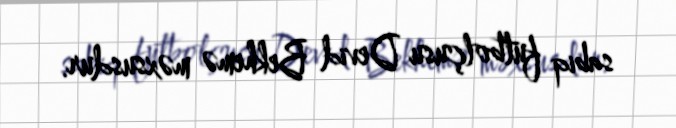
sabiq futbolçusu Devid Bekhemə məxsusdur.